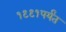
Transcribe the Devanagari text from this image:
१९९१पर्यंत